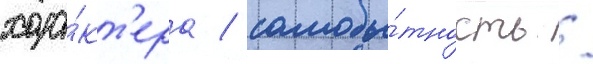
хара́кт'ера / самобы́тность /